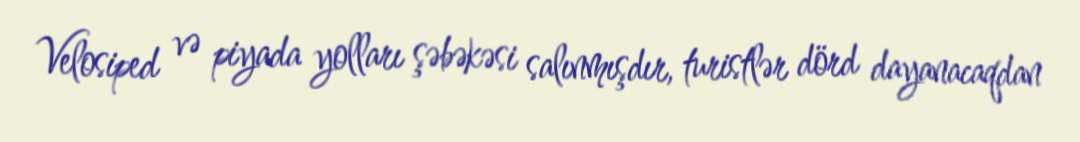
Velosiped və piyada yolları şəbəkəsi salınmışdır, turistlər dörd dayanacaqdan